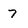
Character: 7